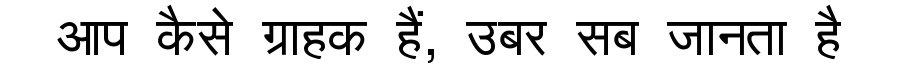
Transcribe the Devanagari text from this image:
आप कैसे ग्राहक हैं, उबर सब जानता है